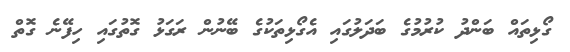
ގޯޅިތައް ބަންދު ކުރުމުގެ ބަދަލުގައި އެގޯޅިތަކުގެ ބޭނުން ރަގަޅު ގޮތުގައި ހިފޭނެ ގޮތް